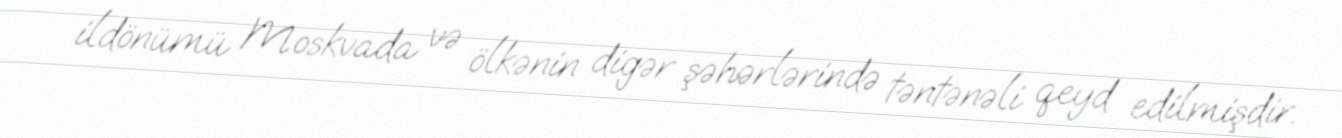
ildönümü Moskvada və ölkənin digər şəhərlərində təntənəli qeyd edilmişdir.